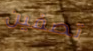
تصفين